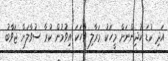
އަދި ކުޑަ ކުދިންނަށް މީހަކު މަރާލި ވާހަކަ އިވުމުން ކުރާ ސުވާލަށް ޖަވާބު